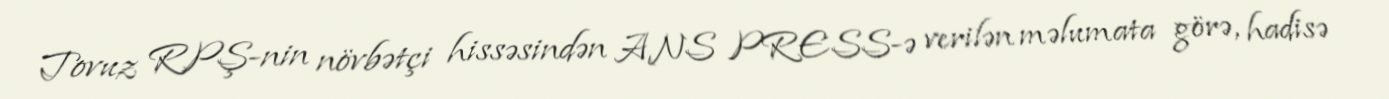
Tovuz RPŞ-nin növbətçi hissəsindən ANS PRESS-ə verilən məlumata görə, hadisə